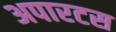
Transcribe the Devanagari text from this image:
अपारटस